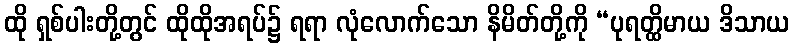
ထို ရှစ်ပါးတို့တွင် ထိုထိုအရပ်၌ ရရာ လုံလောက်သော နိမိတ်တို့ကို “ပုရတ္ထိမာယ ဒိသာယ